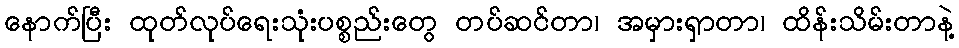
နောက်ပြီး ထုတ်လုပ်ရေးသုံးပစ္စည်းတွေ တပ်ဆင်တာ၊ အမှားရှာတာ၊ ထိန်းသိမ်းတာနဲ့